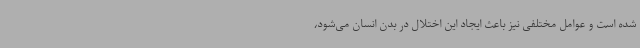
شده است و عوامل مختلفی نیز باعث ایجاد این اختلال در بدن انسان می‌شود،